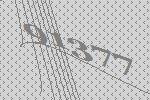
91377